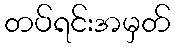
တပ်ရင်းအမှတ်